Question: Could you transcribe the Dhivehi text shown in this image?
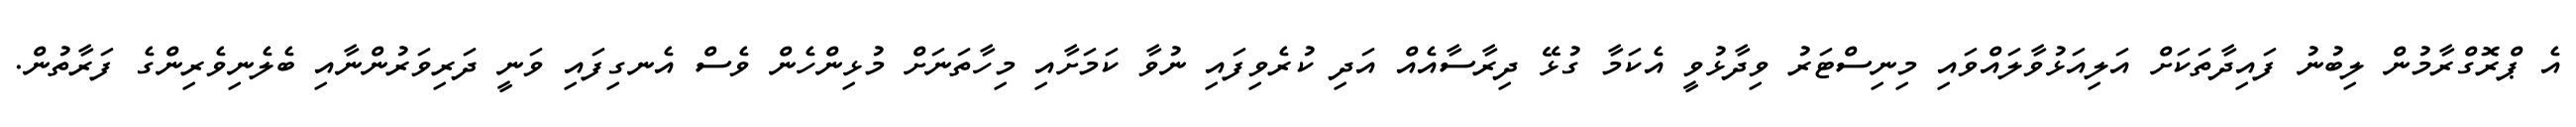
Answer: އެ ޕްރޮގްރާމުން ލިބުނު ފައިދާތަކަށް އަލިއަޅުވާލައްވައި މިނިސްޓަރު ވިދާޅުވީ އެކަމާ ގުޅޭ ދިރާސާއެއް އަދި ކުރެވިފައި ނުވާ ކަމަށާއި މިހާތަނަށް މުޅިންހެން ވެސް އެނގިފައި ވަނީ ދަރިވަރުންނާއި ބެލެނިވެރިންގެ ފަރާތުން.